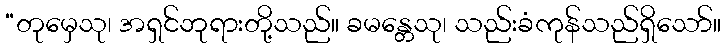
“တုမှေသု၊ အရှင်ဘုရားတို့သည်။ ခမန္တေသု၊ သည်းခံကုန်သည်ရှိသော်။